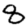
Digit: 8